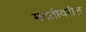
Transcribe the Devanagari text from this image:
मदतीवरील